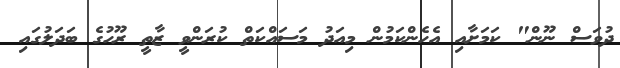
ދުވަސް ނޫން" ކަމަށާއި އެހެންކަމުން މިއަދު މަސައްކަތް ކުރަންވީ ޒާތީ ރޫހުގެ ބަދަލުގައި